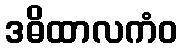
ဒဓိထာလကံဝ